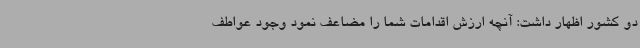
دو کشور اظهار داشت: آنچه ارزش اقدامات شما را مضاعف نمود وجود عواطف